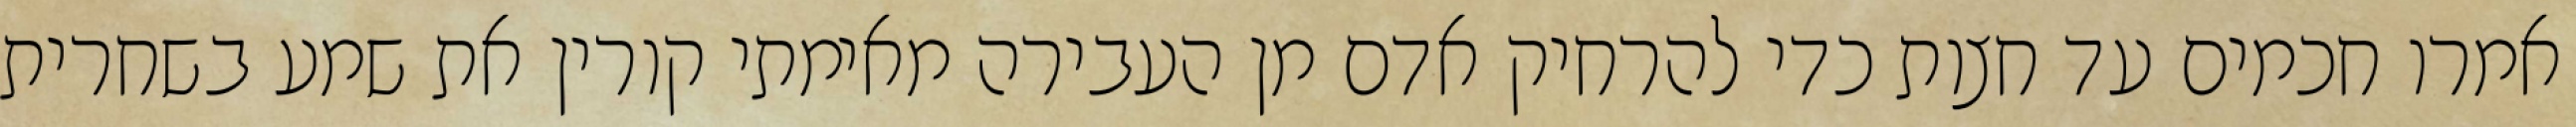
אמרו חכמים עד חצות כדי להרחיק אדם מן העבירה מאימתי קורין את שמע בשחרית